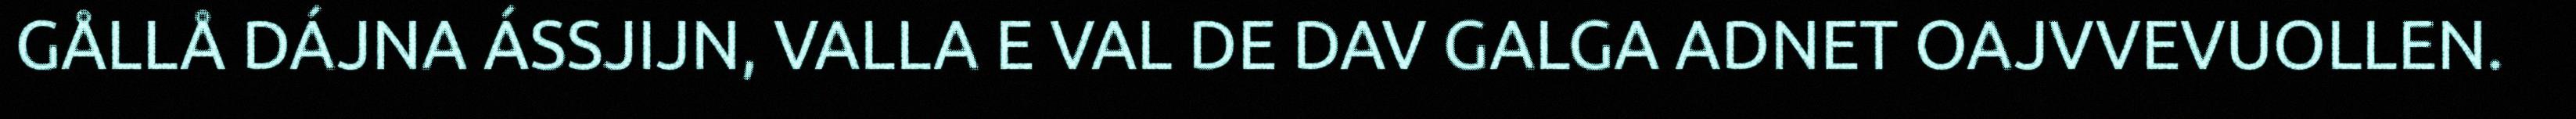
GÅLLÅ DÁJNA ÁSSJIJN, VALLA E VAL DE DAV GALGA ADNET OAJVVEVUOLLEN.